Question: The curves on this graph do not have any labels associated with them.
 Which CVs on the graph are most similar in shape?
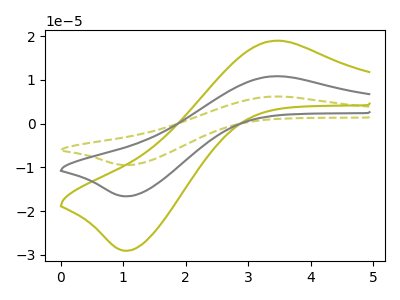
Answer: <think>The olive dashed curve "olive dashed" has an anodic peak at (3.50V, 21.70uA) and a cathodic peak at (1.10V, -33.25uA). The olive curve "olive" has an anodic peak at (3.50V, 18.95uA) and a cathodic peak at (1.10V, -29.10uA). The gray curve "gray" has an anodic peak at (3.50V, 10.85uA) and a cathodic peak at (1.10V, -16.65uA).
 All the peaks in "olive dashed" have a peak in "olive" at the same potential. Every peak in "olive dashed" is higher than every peak in "olive". All the peaks in "olive dashed" have a peak in "gray" at the same potential. Every peak in "olive dashed" is higher than every peak in "gray". All the peaks in "olive" have a peak in "gray" at the same potential. Every peak in "olive" is higher than every peak in "gray".</think>
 <answer>"olive", "olive dashed" and "gray" have the same shape and are likely CV's of the same chemical.</answer>
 <eval>"olive" "olive dashed" "gray"</eval>